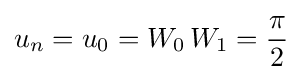
u_{n}=u_{0}=W_{0}\,W_{1}={\frac {\pi }{2}}